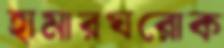
হামারঘরোক